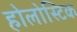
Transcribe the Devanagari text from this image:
होलोस्टिक